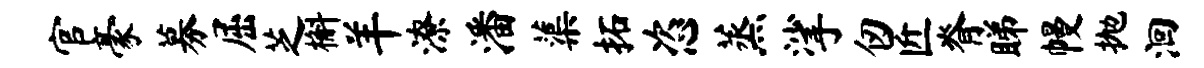
官豪募屈芝槲羊潦潘蕖拓恣蒸挲仞匠脊睇幔抛洄